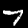
Label: 7